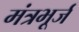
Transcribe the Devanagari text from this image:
मंत्रभूर्ज